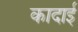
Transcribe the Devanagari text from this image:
कादाई